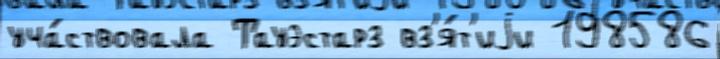
уча́ствовала Тауэстарз вз'я́т'иjи 198586